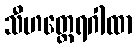
သီဟတ္ထေရဂါထာ